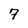
Character: 7